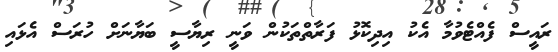
ރައީސް ފެއްޓެވުމާ އެކު އިދިކޮޅު ފަރާތްތަކުން ވަނީ ރިޔާސީ ބަޔާނަށް ހުރަސް އެޅައި